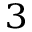
_ 3